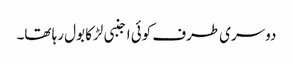
دوسری طرف کوئی اجنبی لڑکا بول رہا تھا۔